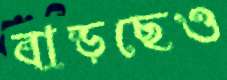
বাড়ছেও